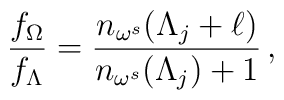
\frac{f_{\Omega}}{f_{\Lambda}}= \frac{ n_{\omega^s}(\Lambda_j+\ell)} {n_{\omega^s}(\Lambda_j)+1} \, ,